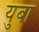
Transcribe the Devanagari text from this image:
युबा